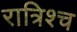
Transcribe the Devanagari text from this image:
रात्रिश्च